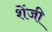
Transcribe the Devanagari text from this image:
शेंजी